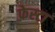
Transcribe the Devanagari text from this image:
फ़ेस्टा